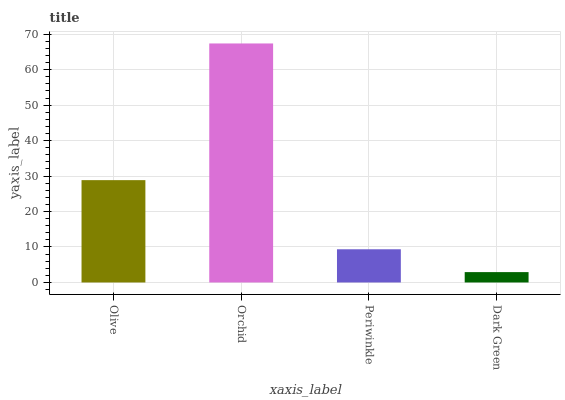
| xaxis_label | bars |
 | --- | --- |
 | Olive | 28.8 |
 | Orchid | 67.4 |
 | Periwinkle | 9.36 |
 | Dark Green | 2.92 |